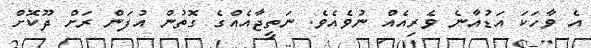
އެ ވާހަކަ އަޑުއާނެ ވެރިއެއް ނުވެއެވެ. ނަތީޖާއެއްގެ ގޮތުން އުފަން ރަށް ދޫކޮށް